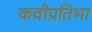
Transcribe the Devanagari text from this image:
कवीप्रतिभा